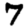
Digit: 7